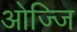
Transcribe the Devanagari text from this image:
ओज्जि